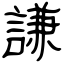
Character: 謙